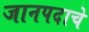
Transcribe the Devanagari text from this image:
जानपदाचे